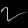
Digit: ၇